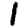
Digit: 1